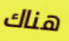
هناك